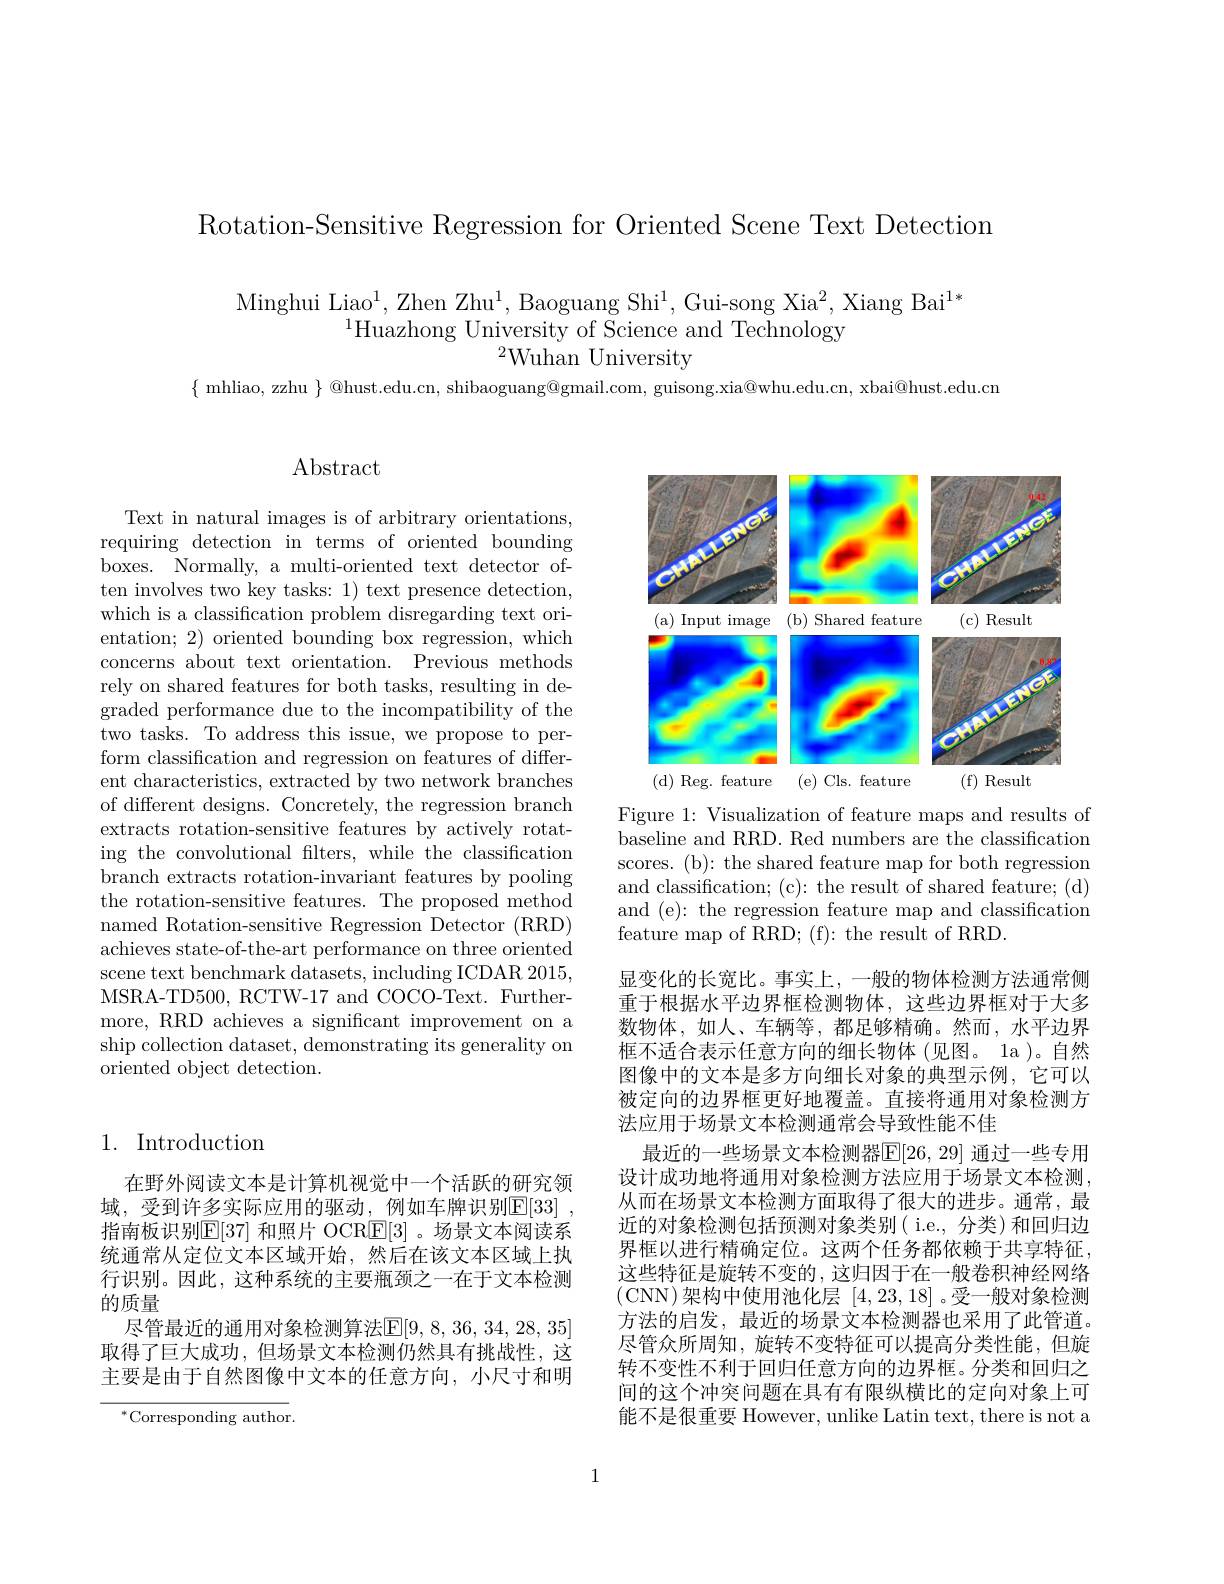
Rotation-Sensitive Regression for Oriented Scene Text Detection

Minghui Liao$^1$,Zhen Zhu$^1$, Baoguang Shi$^1$, Gui-song Xia$^2$, Xiang Bai$^1*$
$^{1}$Huazhong University of Science and Technology
$^{2}$Wuhan University

$\{$ mhliao, zzhu $\}$ @hust.edu.cn, shibaoguang@gmail.com, guisong.xia@whu.edu.cn, xbai@hust.edu.cm

## Abstract

Text in natural images is of arbitrary orientations, requiring detection in terms of oriented bounding boxes. Normally, a multi-oriented text detector often involves two key tasks: 1) text presence detection, which is a classification problem disregarding text orientation; 2) oriented bounding box regression, which concerns about text orientation. Previous methods rely on shared features for both tasks, resulting in degraded performance due to the incompatibility of the $\bar{\text{two tasks. To address this issue, we propose to per-}}$ form classification and regression on features of different characteristics, extracted by two network branches of different designs. Concretely, the regression branch extracts rotation-sensitive features by actively rotating the convolutional filters, while the classification branch extracts rotation-invariant features by pooling the rotation-sensitive features. The proposed method named Rotation-sensitive Regression Detector (RRD) achieves state-of-the-art performance on three oriented scene text benchmark datasets, including ICDAR 2015, MSRA-TD500, RCTW-17 and COCO-Text. Furthermore, RRD achieves a significant improvement on a ship collection dataset, demonstrating its generality on oriented object detection.

## 1. Introduction

在野外阅读文本是计算机视觉中一个活跃的研究领域，受到许多实际应用的驱动，例如车牌识别$\mathbb{E}[33]$ 指南板识别$\mathbb{E}[37]$ 和照片 OCR$\mathbb{E}[3]$ 。场景文本阅读系统通常从定位文本区域开始，然后在该文本区域上执行识别。因此，这种系统的主要瓶颈之一在于文本检测的质量
尽管最近的通用对象检测算法$\overline{\mathbb{E}}[9,8,36,34,28,35]$ 取得了巨大成功，但场景文本检测仍然具有挑战性，这主要是由于自然图像中文本的任意方向，小尺寸和明

$^*$Corresponding author.

<FigureHere>

Figure 1: Visualization of feature maps and results of baseline and RRD. Red numbers are the classification scores. (b): the shared feature map for both regression and classification; (c): the result of shared feature; (d) and (e): the regression feature map and classification feature map of RRD; (f): the result of RRD.
显变化的长宽比。事实上，一般的物体检测方法通常侧重于根据水平边界框检测物体，这些边界框对于大多数物体，如人、车辆等，都足够精确。然而，水平边界框不适合表示任意方向的细长物体(见图。1a)。自然图像中的文本是多方向细长对象的典型示例，它可以被定向的边界框更好地覆盖。直接将通用对象检测方法应用于场景文本检测通常会导致性能不佳
最近的一些场景文本检测器$\mathbb{E}[26,29]$ 通过一些专用设计成功地将通用对象检测方法应用于场景文本检测， 从而在场景文本检测方面取得了很大的进步。通常，最近的对象检测包括预测对象类别(i.e., 分类)和回归边界框以进行精确定位。这两个任务都依赖于共享特征这些特征是旋转不变的，这归因于在一般卷积神经网络(CNN)架构中使用池化层[4,23,18]。受一般对象检测方法的启发，最近的场景文本检测器也采用了此管道。尽管众所周知，旋转不变特征可以提高分类性能，但旋转不变性不利于回归任意方向的边界框。分类和回归之间的这个冲突问题在具有有限纵横比的定向对象上可能不是很重要 However, unlike Latin text, there is not a

1